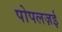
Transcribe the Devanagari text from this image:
पोपलज़ई